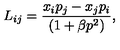
L _ { i j } = \frac { x _ { i } p _ { j } - x _ { j } p _ { i } } { ( 1 + \beta p ^ { 2 } ) } ,